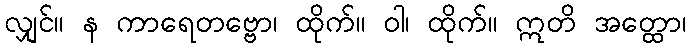
လျှင်။ န ကာရေတဗ္ဗော၊ ထိုက်။ ဝါ၊ ထိုက်။ ဣတိ အတ္ထော၊